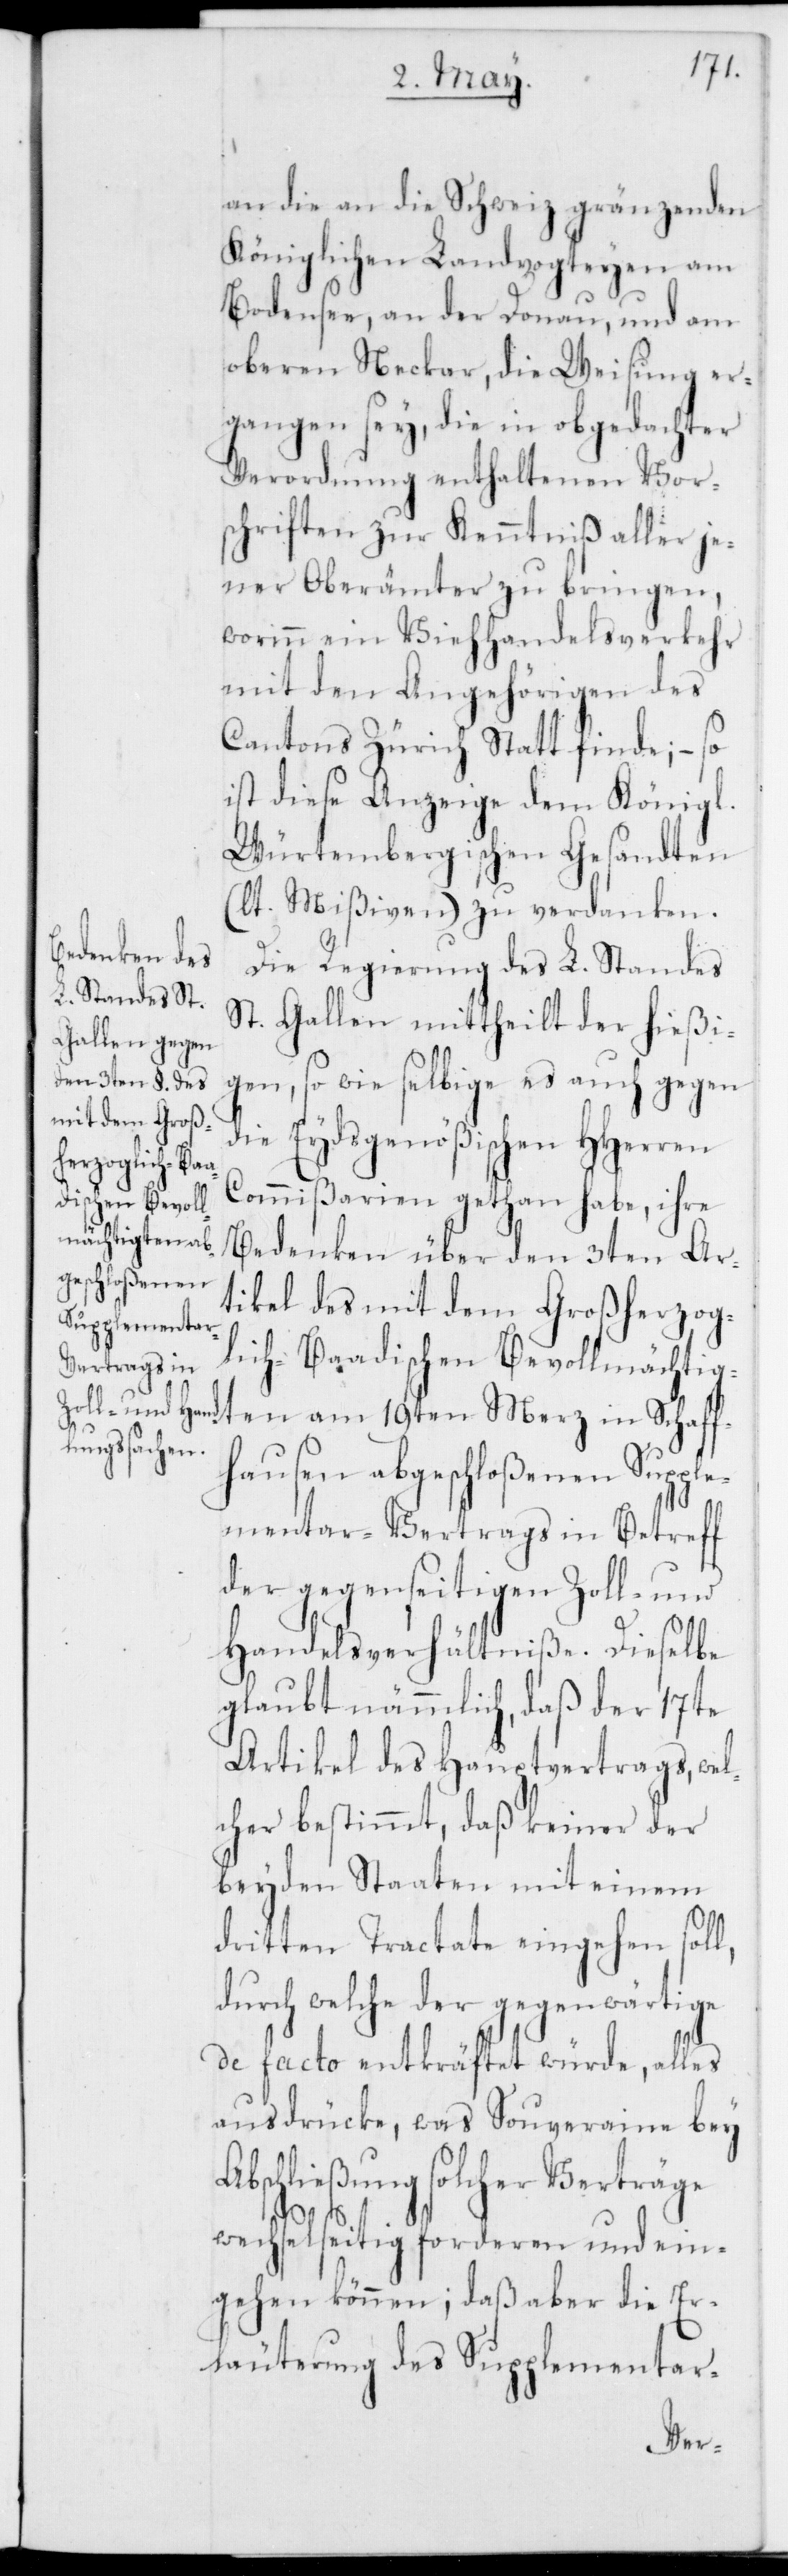
an die an die Schweiz gränzenden
Königlichen Landvogteyen am
Bodensee, an der Donau, und am
oberen Neckar, die Weisung er¬
gangen sey, die in obgedachter
Verordnung enthaltenen Vor¬
schriften zur Kenntniß aller je¬
ner Oberämter zu bringen,
worinn ein Viehhandelsverkehr
mit den Angehörigen des
Cantons Zürich Statt finde; – so
ist diese Anzeige dem Königl.
Würtembergischen Gesandten
(laut Mißiven) zu verdanken.
Die Regierung des L. Standes
St. Gallen mittheilt der hießi¬
gen, so wie selbige es auch gegen
die Eydsgenößischen HHerren
Commißarien gethan habe, ihre
Bedenken über den 3ten Ar¬
tikel des mit dem Großherzog¬
lich-Baadischen Bevollmächtigt¬
en am 19ten Merz in Schaff¬
hausen abgeschloßenen Supple¬
mentar-Vertrags in Betreff
der gegenseitigen Zoll- und
Handelsverhältniße. Dieselbe
glaubt nämmlich, daß der 17te
Artikel des Hauptvertrags, wel¬
cher bestimmt, daß keiner der
beyden Staaten mit einem
dritten Tractate eingehen soll,
durch welche der gegenwärtige
de facto entkräftet würde, alles
ausdrücke, was Souveraine bey
Abschließung solcher Verträge
wechselseitig forderen und ein¬
gehen können; daß aber die Er¬
läuterung des Supplementar-